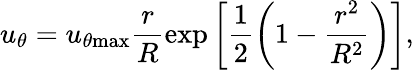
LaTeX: u_{\theta}=u_{\theta\mathrm{{max}}}{\frac{r}{R}}\mathrm{exp}\left[\frac{1}{2}\left({1-\frac{r^{2}}{R^{2}}}\right)\right],